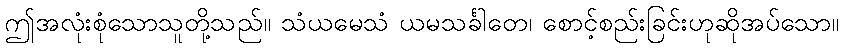
ဤအလုံးစုံသောသူတို့သည်။ သံယမေသံ ယမသင်္ခါတေ၊ စောင့်စည်းခြင်းဟုဆိုအပ်သော။